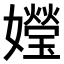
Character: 𪦯